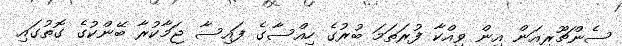
ސެންޗޫރިއަން އިން ވިއްކާ ފުރަތަމަ ބުރުގެ ހިއްސާގެ ފައިސާ ޖަމާކުރާ ބޭންކުގެ ގޮތުގައި